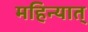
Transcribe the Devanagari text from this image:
महिन्यात्